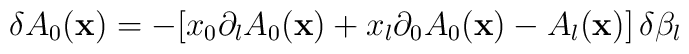
\delta A_0({\bf x}) = -[x_0\partial_lA_0({\bf x}) + x_l\partial_0A_0({\bf x})-A_l({\bf x})]\,\delta\beta_l